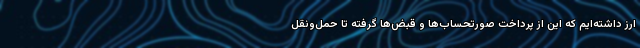
ارز داشته‌ایم که این از پرداخت صورتحساب‌ها و قبض‌ها گرفته تا حمل‌ونقل